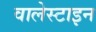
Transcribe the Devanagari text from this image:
वालेस्टाइन